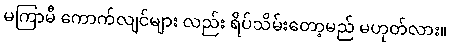
မကြာမီ ကောက်လျင်များ လည်း ရိပ်သိမ်းတော့မည် မဟုတ်လား။